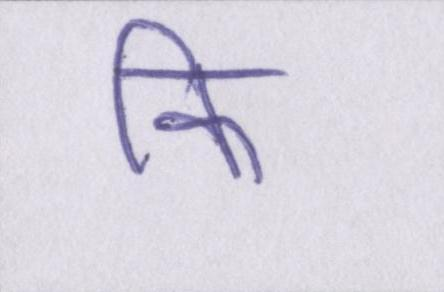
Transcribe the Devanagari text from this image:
कि